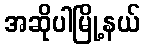
အဆိုပါမြို့နယ်